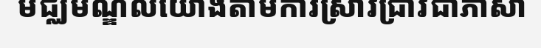
មជ្ឈមណ្ឌលយោងតាមការស្រាវជ្រាវជាភាសា